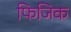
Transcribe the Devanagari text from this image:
फिजिक